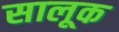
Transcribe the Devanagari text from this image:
सालूक